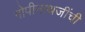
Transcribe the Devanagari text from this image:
गोपीनाथजींची